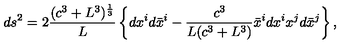
d s ^ { 2 } = 2 \frac { ( c ^ { 3 } + L ^ { 3 } ) ^ { \frac 1 3 } } L \left\{ d x ^ { i } d \bar { x } ^ { i } - \frac { c ^ { 3 } } { L ( c ^ { 3 } + L ^ { 3 } ) } \bar { x } ^ { i } d x ^ { i } x ^ { j } d \bar { x } ^ { j } \right\} ,